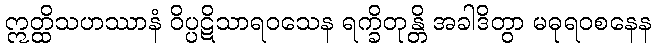
ဣတ္ထိသဟဿာနံ ဝိပ္ပဋိသာရဝသေန ရက္ခိတုန္တိ အခါဒိတွာ မဓုရဝစနေန